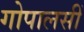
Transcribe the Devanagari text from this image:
गोपालसीं